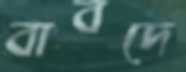
বাবদে